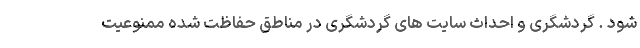
شود . گردشگری و احداث سایت های گردشگری در مناطق حفاظت شده ممنوعیت